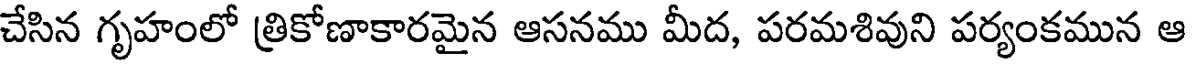
చేసిన గృహంలో త్రికోణాకారమైన ఆసనము మీద, పరమశివుని పర్యంకమున ఆ